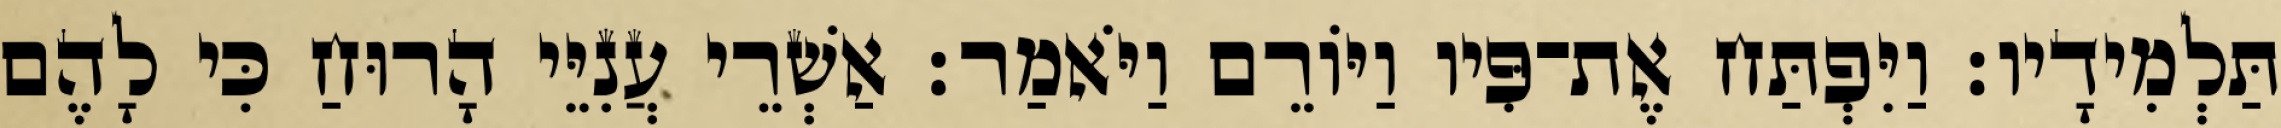
תַּלְמִידָיו׃ וַיִּפְתַּח אֶת־פִּיו וַיּוֹרֵם וַיֹּאמַר׃ אַשְׁרֵי עֲנִיֵּי הָרוּחַ כִּי לָהֶם